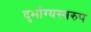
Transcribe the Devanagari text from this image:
दुर्भाग्यस्वरुप